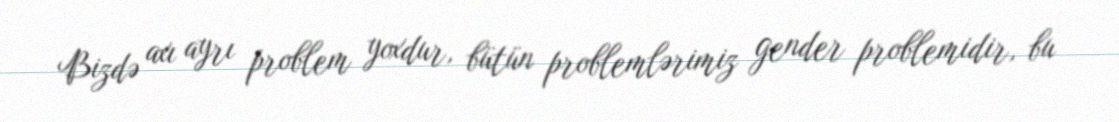
Bizdə axı ayrı problem yoxdur, bütün problemlərimiz gender problemidir, bu